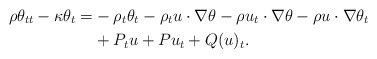
\begin{align*}\rho \theta_{tt}-\kappa \theta_t=&-\rho_t\theta_t -\rho_t u\cdot\nabla \theta-\rho u_t\cdot\nabla \theta-\rho u\cdot\nabla \theta_t\\&+ P_tu+Pu_t +Q(u)_t.\end{align*}